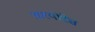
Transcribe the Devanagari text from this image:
अश्योरेंस